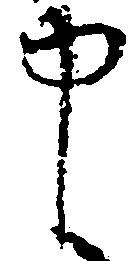
申